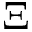
\Xi